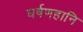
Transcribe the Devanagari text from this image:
घर्षणहानि